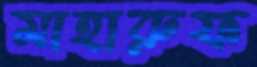
মাহারুফ